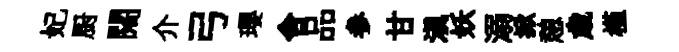
妃厨闊介弓瓔舍品参甘滇妖溺掀憩歳槿